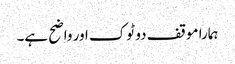
ہمارا موقف دو ٹوک اور واضح ہے۔